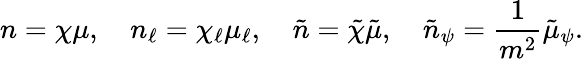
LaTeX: n=\chi\mu,\quad n_{\ell}=\chi_{\ell}\mu_{\ell},\quad\tilde{n}=\tilde{\chi}\tilde{\mu},\quad\tilde{n}_{\psi}=\frac{1}{m^{2}}\tilde{\mu}_{\psi}.